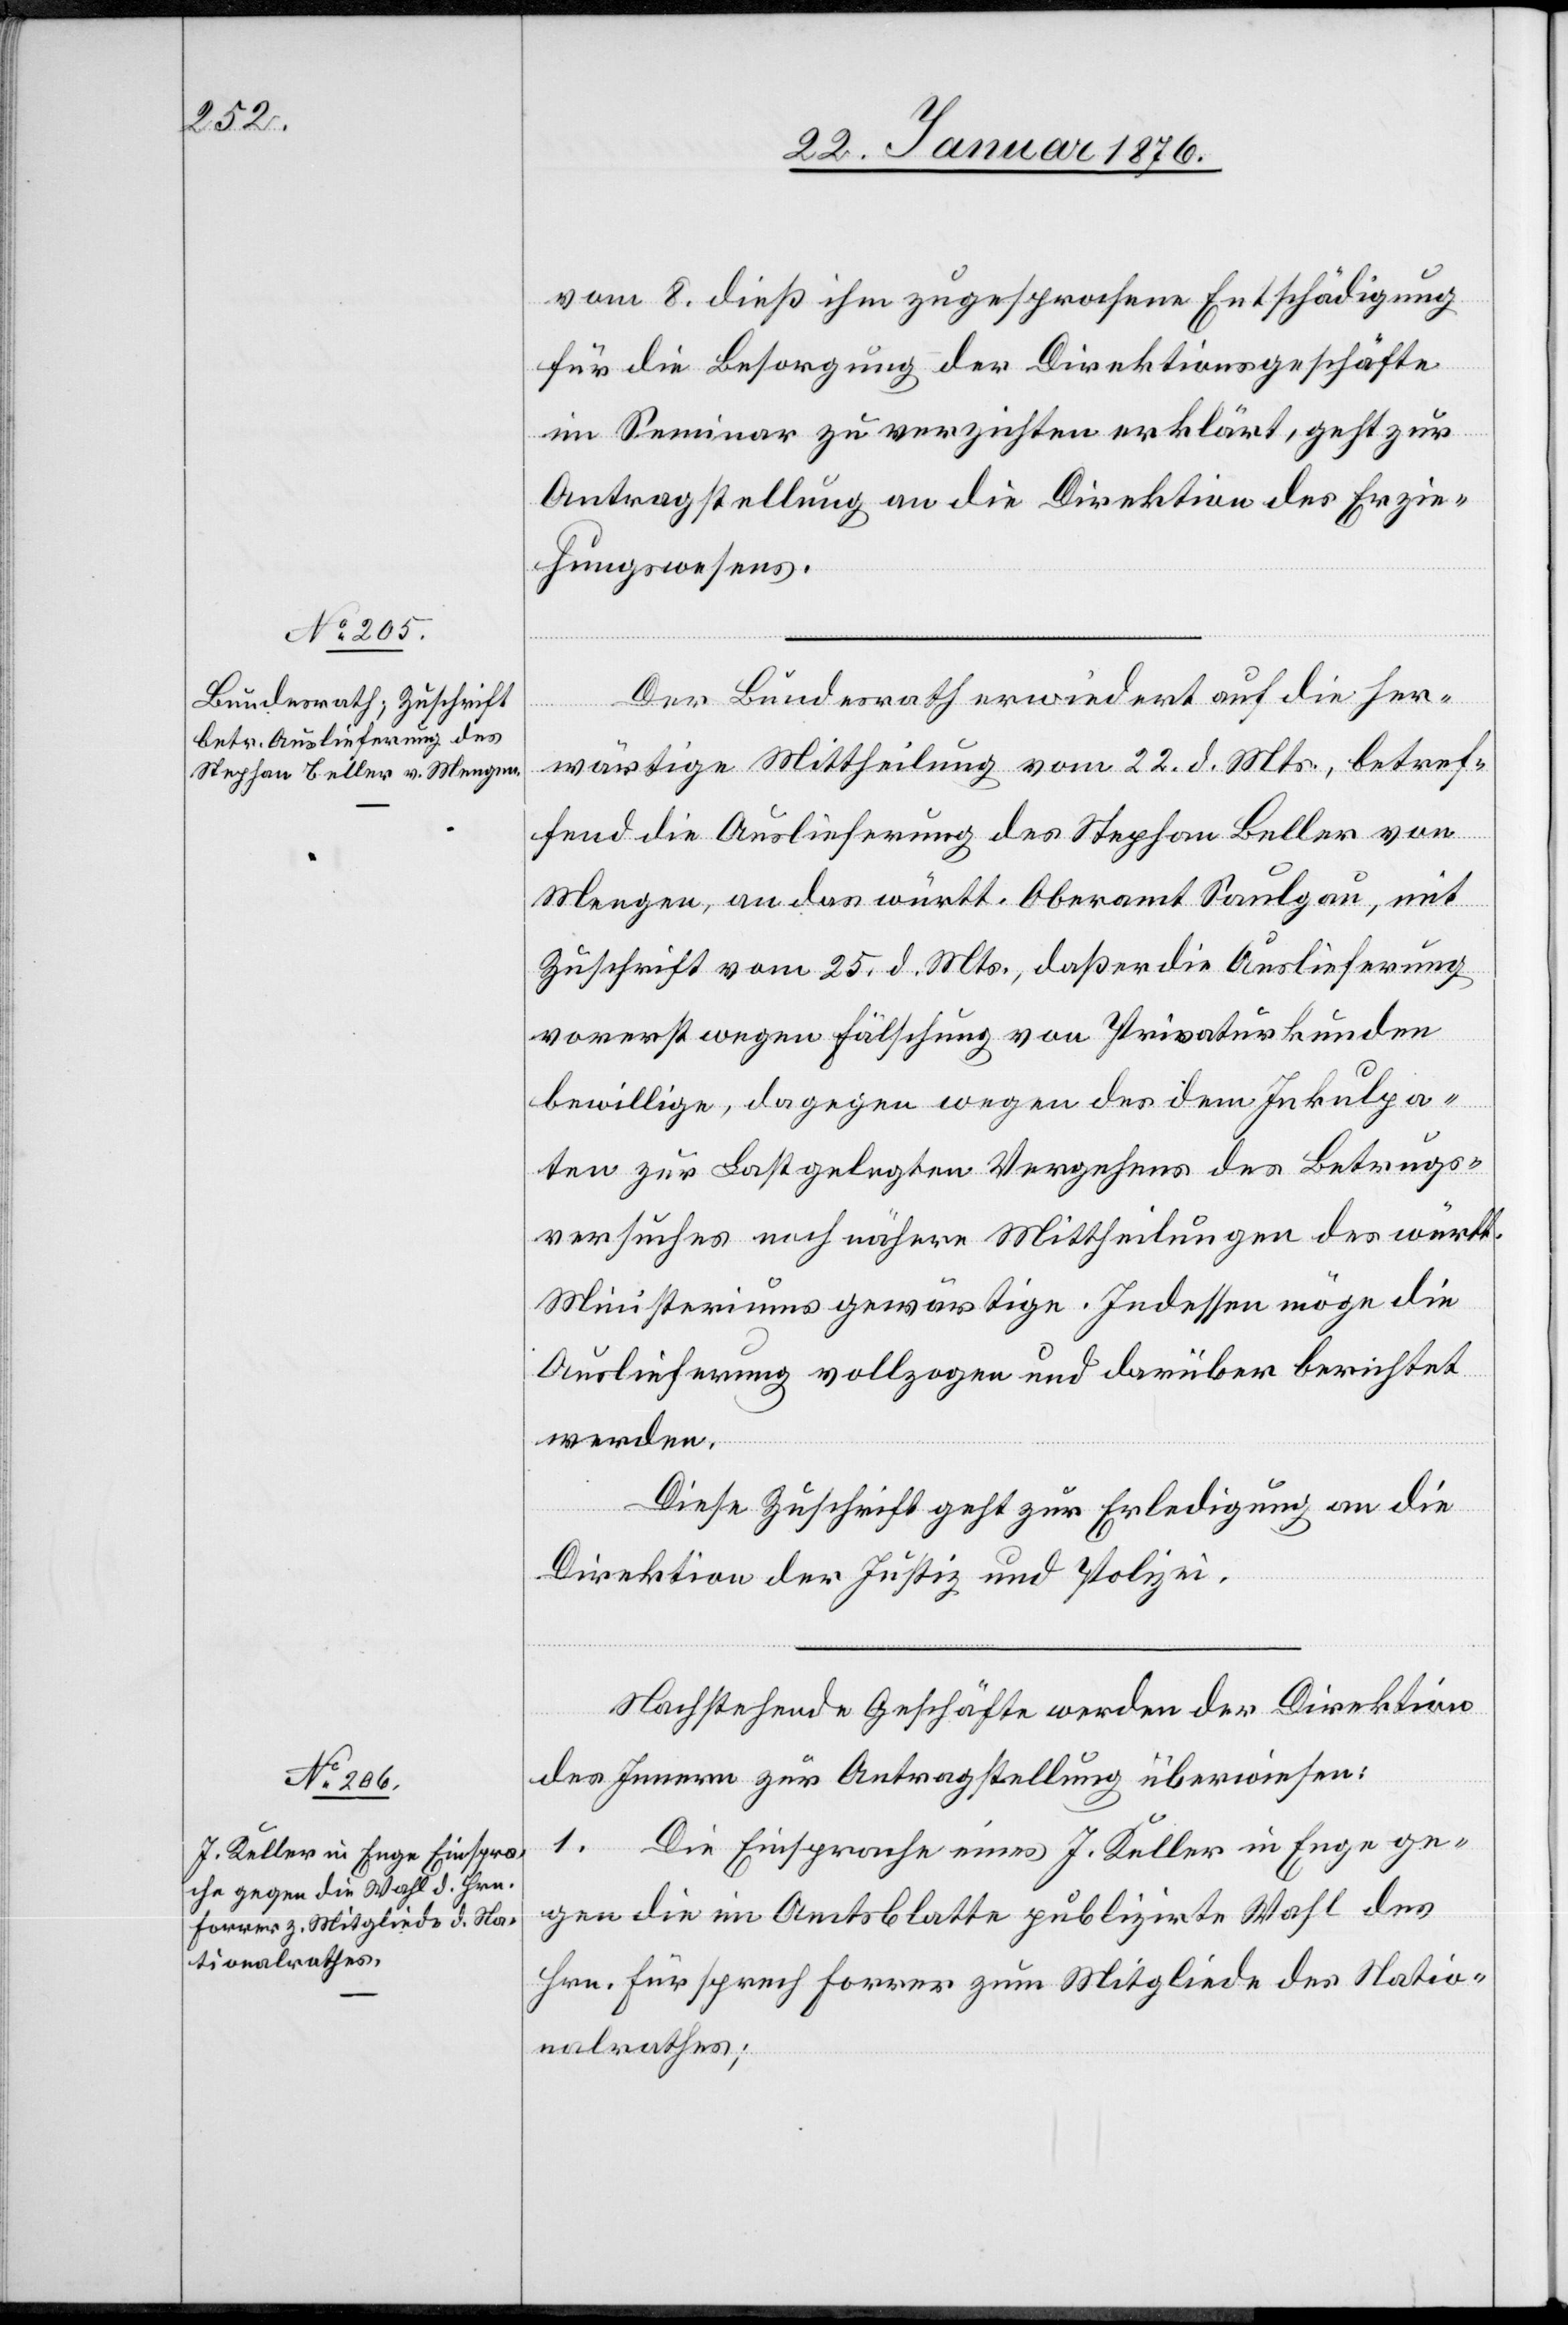
27. Januar 1876.]
vom 8. dieß ihm zugesprochene Entschädigung
für die Besorgung der Direktionsgeschäfte
im Seminar zu verzichten erklärt, geht zur
Antragstellung an die Direktion des Erzie¬
hungswesens.
Der Bundesrath erwiedert auf die her¬
wärtige Mittheilung vom 22. d. Mts., betref¬
fend die Auslieferung des Stephan Beller von
Mengen, an das württ. Oberamt Saulgau, mit
Zuschrift vom 25. d. Mts., daß er die Auslieferung
vorerst wegen Fälschung von Privaturkunden
bewillige, dagegen wegen des dem Inkulpa¬
ten Last gelegten Vergehens des Betrugs¬
versuches noch nähere Mittheilungen des württ.
Ministeriums gewärtige. Indessen möge die
Auslieferung vollzogen und darüber berichtet
werden.
Diese Zuschrift geht zur Erledigung an die
Direktion der Justiz- und Polizei.
Nachstehende Geschäfte werden der Direktion
des Innern zur Antragstellung überwiesen:
1. Die Einsprache eines J. Keller in Enge ge¬
gen die im Amtsblatte publizirte Wahl des
Hrn. Fürsprech Forrer zum Mitgliede des Natio¬
nalrathes;